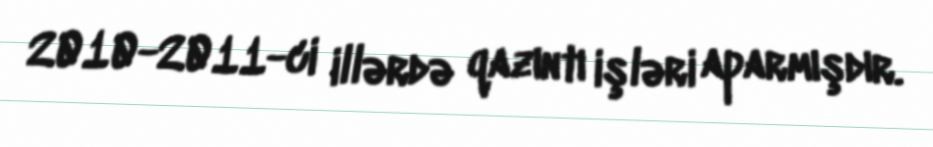
2010-2011-ci illərdə qazıntı işləri aparmışdır.